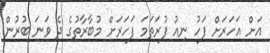
އަށް އަހަރަށް ފަހު ނިއު ފުރަތަމަ ފަހަރަށް މުބާރާތުގެ ދެ ވަނަ ބުރުން